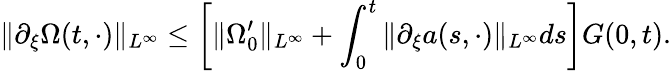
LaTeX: \| \partial_{\xi}\Omega(t,\cdot)\| _{L^{\infty}}\leq\left[\| \Omega_{0}^{\prime}\| _{L^{\infty}}+\int_{0}^{t}\| \partial_{\xi}a(s,\cdot)\| _{L^{\infty}}ds\right]G(0,t).